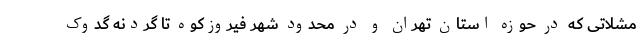
مشلاتی که در حوزه استان تهران و در محدود شهر فیروزکوه تا گردنه گدوک